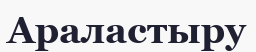
Араластыру